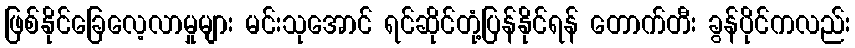
ဖြစ်နိုင်ခြေလေ့လာမှုများ မင်းသုအောင် ရင်ဆိုင်တုံ့ပြန်နိုင်ရန် တောက်တီး ခွန်ပိုင်ကလည်း